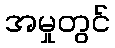
အမှုတွင်